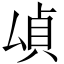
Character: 𫨫